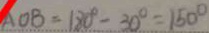
A O B = 1 8 0 ^ { \circ } - 3 0 ^ { \circ } = 1 5 0 ^ { \circ }